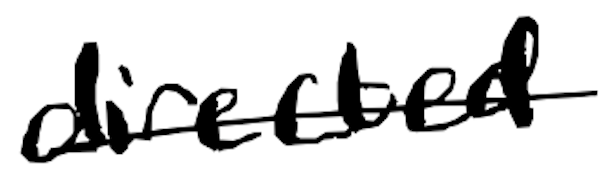
Text: directed
Cross-out: single-line
Writing tool: digital_black